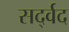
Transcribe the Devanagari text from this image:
सर्द्वद